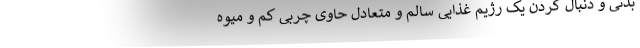
بدنی و دنبال کردن یک رژیم غذایی سالم و متعادل حاوی چربی کم و میوه